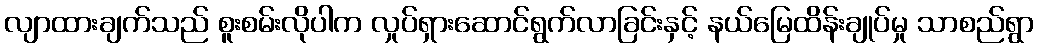
လျာထားချက်သည် စူးစမ်းလိုပါက လှုပ်ရှားဆောင်ရွက်လာခြင်းနှင့် နယ်မြေထိန်းချုပ်မှု သာစည်ရွာ